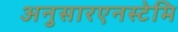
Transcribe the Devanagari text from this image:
अनुसारएनस्टेमि